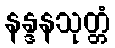
နန္ဒနသုတ္တံ